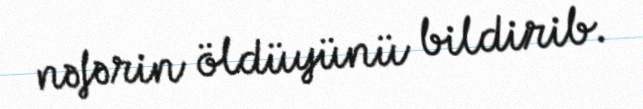
nəfərin öldüyünü bildirib.